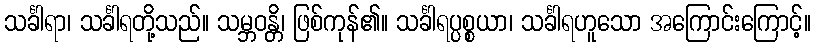
သင်္ခါရာ၊ သင်္ခါရတို့သည်။ သမ္ဘဝန္တိ၊ ဖြစ်ကုန်၏။ သင်္ခါရပ္ပစ္စယာ၊ သင်္ခါရဟူသော အကြောင်းကြောင့်။